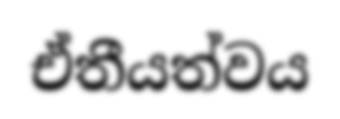
ඒතීයත්වය